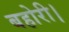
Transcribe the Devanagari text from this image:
बहोरी।